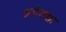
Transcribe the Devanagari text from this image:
अपेक्शा